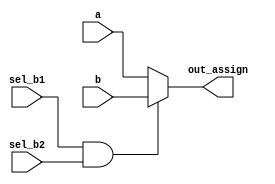
module top_module (
    input a,
    input b,
    input sel_b1,
    input sel_b2,
    output wire out_assign
);

    assign out_assign = (sel_b1 && sel_b2) ? b : a;

endmodule